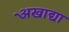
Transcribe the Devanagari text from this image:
अेखाद्या